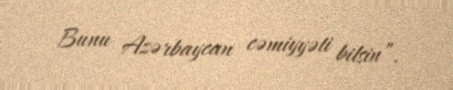
Bunu Azərbaycan cəmiyyəti bilsin”.